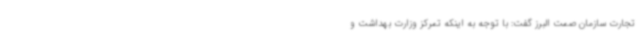
تجارت سازمان صمت البرز گفت: با توجه به اینکه تمرکز وزارت بهداشت و